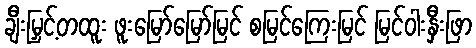
ချီးမြှင့်တထူး ဖူးမြော်မြော်မြင် စမြင်ကြေးမြင် မြင်ဝါးနှီးဖြာ